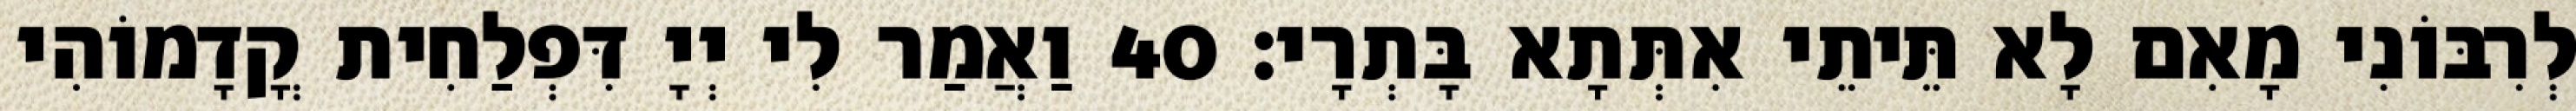
לְרִבּוֹנִי מָאִם לָא תֵּיתֵי אִתְּתָא בָּתְרָי׃ 40 וַאֲמַר לִי יְיָ דִּפְלַחִית קֳדָמוֹהִי